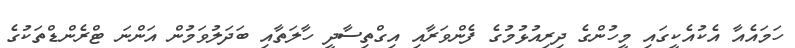
ހަމައެއާ އެކުއެކީގައި މީހުންގެ ދިރިއުޅުމުގެ ފެންވަރާއި އިގްތިސާދީ ހާލަތާއި ބަދަލުވަމުން އަންނަ ޓްރެންޑްތަކުގެ